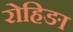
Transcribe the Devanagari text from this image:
रोहिङा